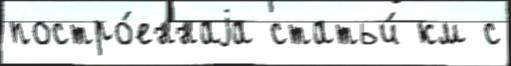
постро́еннаjа статьи́ км с